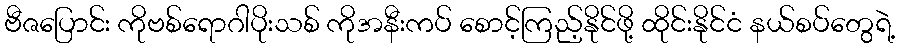
ဗီဇပြောင်း ကိုဗစ်ရောဂါပိုးသစ် ကိုအနီးကပ် စောင့်ကြည့်နိုင်ဖို့ ထိုင်းနိုင်ငံ နယ်စပ်တွေရဲ့